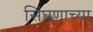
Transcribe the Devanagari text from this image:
सिंघणाच्या